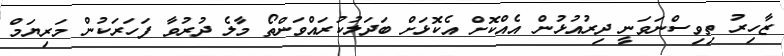
ޒާހިރު ތިވިސްނަވަނީ ދިރުއުޅުން އެއްކޮށް އެކޮޅަށް ބަދަލުކުރައްވަންތޯ މާލެ ދުރުވާ ފަހަރަކުން މަރިޔަމް